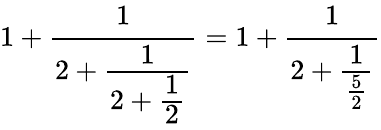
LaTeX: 1+{\cfrac{1}{2+{\cfrac{1}{2+{\cfrac{1}{2}}}}}}=1+{\cfrac{1}{2+{\cfrac{1}{\frac{5}{2}}}}}